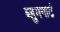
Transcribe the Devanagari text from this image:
ब्लुमगार्ट